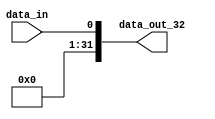
module SignExtend1(
    input  wire         data_in,
    output wire [31:0]  data_out_32 
);

    assign data_out_32 = {{32{1'b0}}, data_in};

endmodule